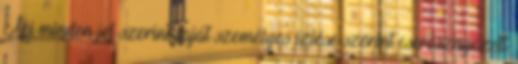
Aki minden jel szerint saját személyes ízlése szerint cseresznyézett